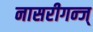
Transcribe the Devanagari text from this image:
नासरीगन्ज्